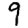
Digit: 9